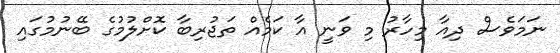
ނަމަވެސް ދިއާ މިހާރު މި ވަނީ އާ ކަމެއް ތަޖުރިބާ ކޮށްލުމުގެ ބޭނުމުގައި